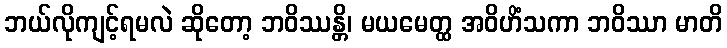
ဘယ်လိုကျင့်ရမလဲ ဆိုတော့ ဘဝိဿန္တိ၊ မယမေတ္ထ အဝိဟိံသကာ ဘဝိဿာ မာတိ